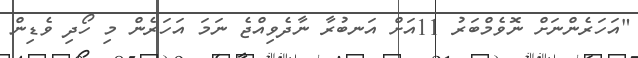
"އަހަރެންނަށް ނޮވެމްބަރު 11އަށް އަނބުރާ ނާދެވިއްޖެ ނަމަ އަހަރެން މި ހޯދި ވެޑިން